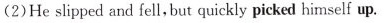
(2)He slipped and fell, but quickly picked himself up.